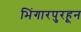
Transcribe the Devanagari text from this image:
भिंगारपुरहून